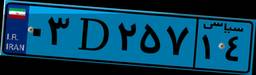
۰۳D۲۵۷۱۴